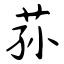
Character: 荪